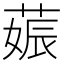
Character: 𦵢